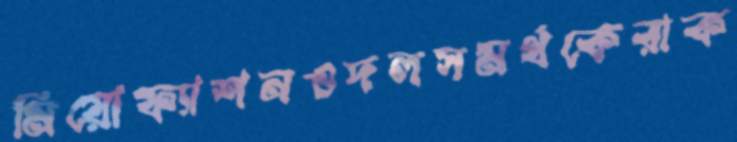
মিয়োফ্যাশনওদলসমর্থকেরাক